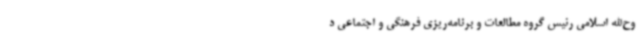
وح‌الله اسلامی رئیس گروه مطالعات و برنامه‌ریزی فرهنگی و اجتماعی د